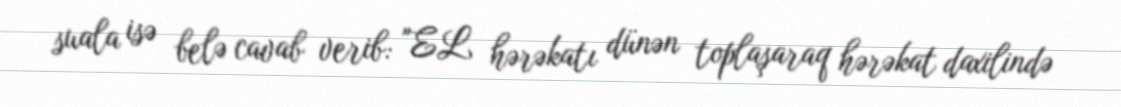
suala isə belə cavab verib: "EL hərəkatı dünən toplaşaraq hərəkat daxilində